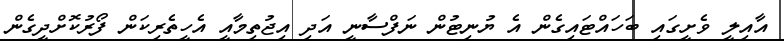
އާއިލީ ވެށީގައި ބަހައްޓައިގެން އެ ޔުނިޓުން ނަފްސާނީ އަދި އިޖުތިމާއީ އެހީތެރިކަން ފޯރުކޮށްދީގެން